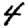
Digit: 4